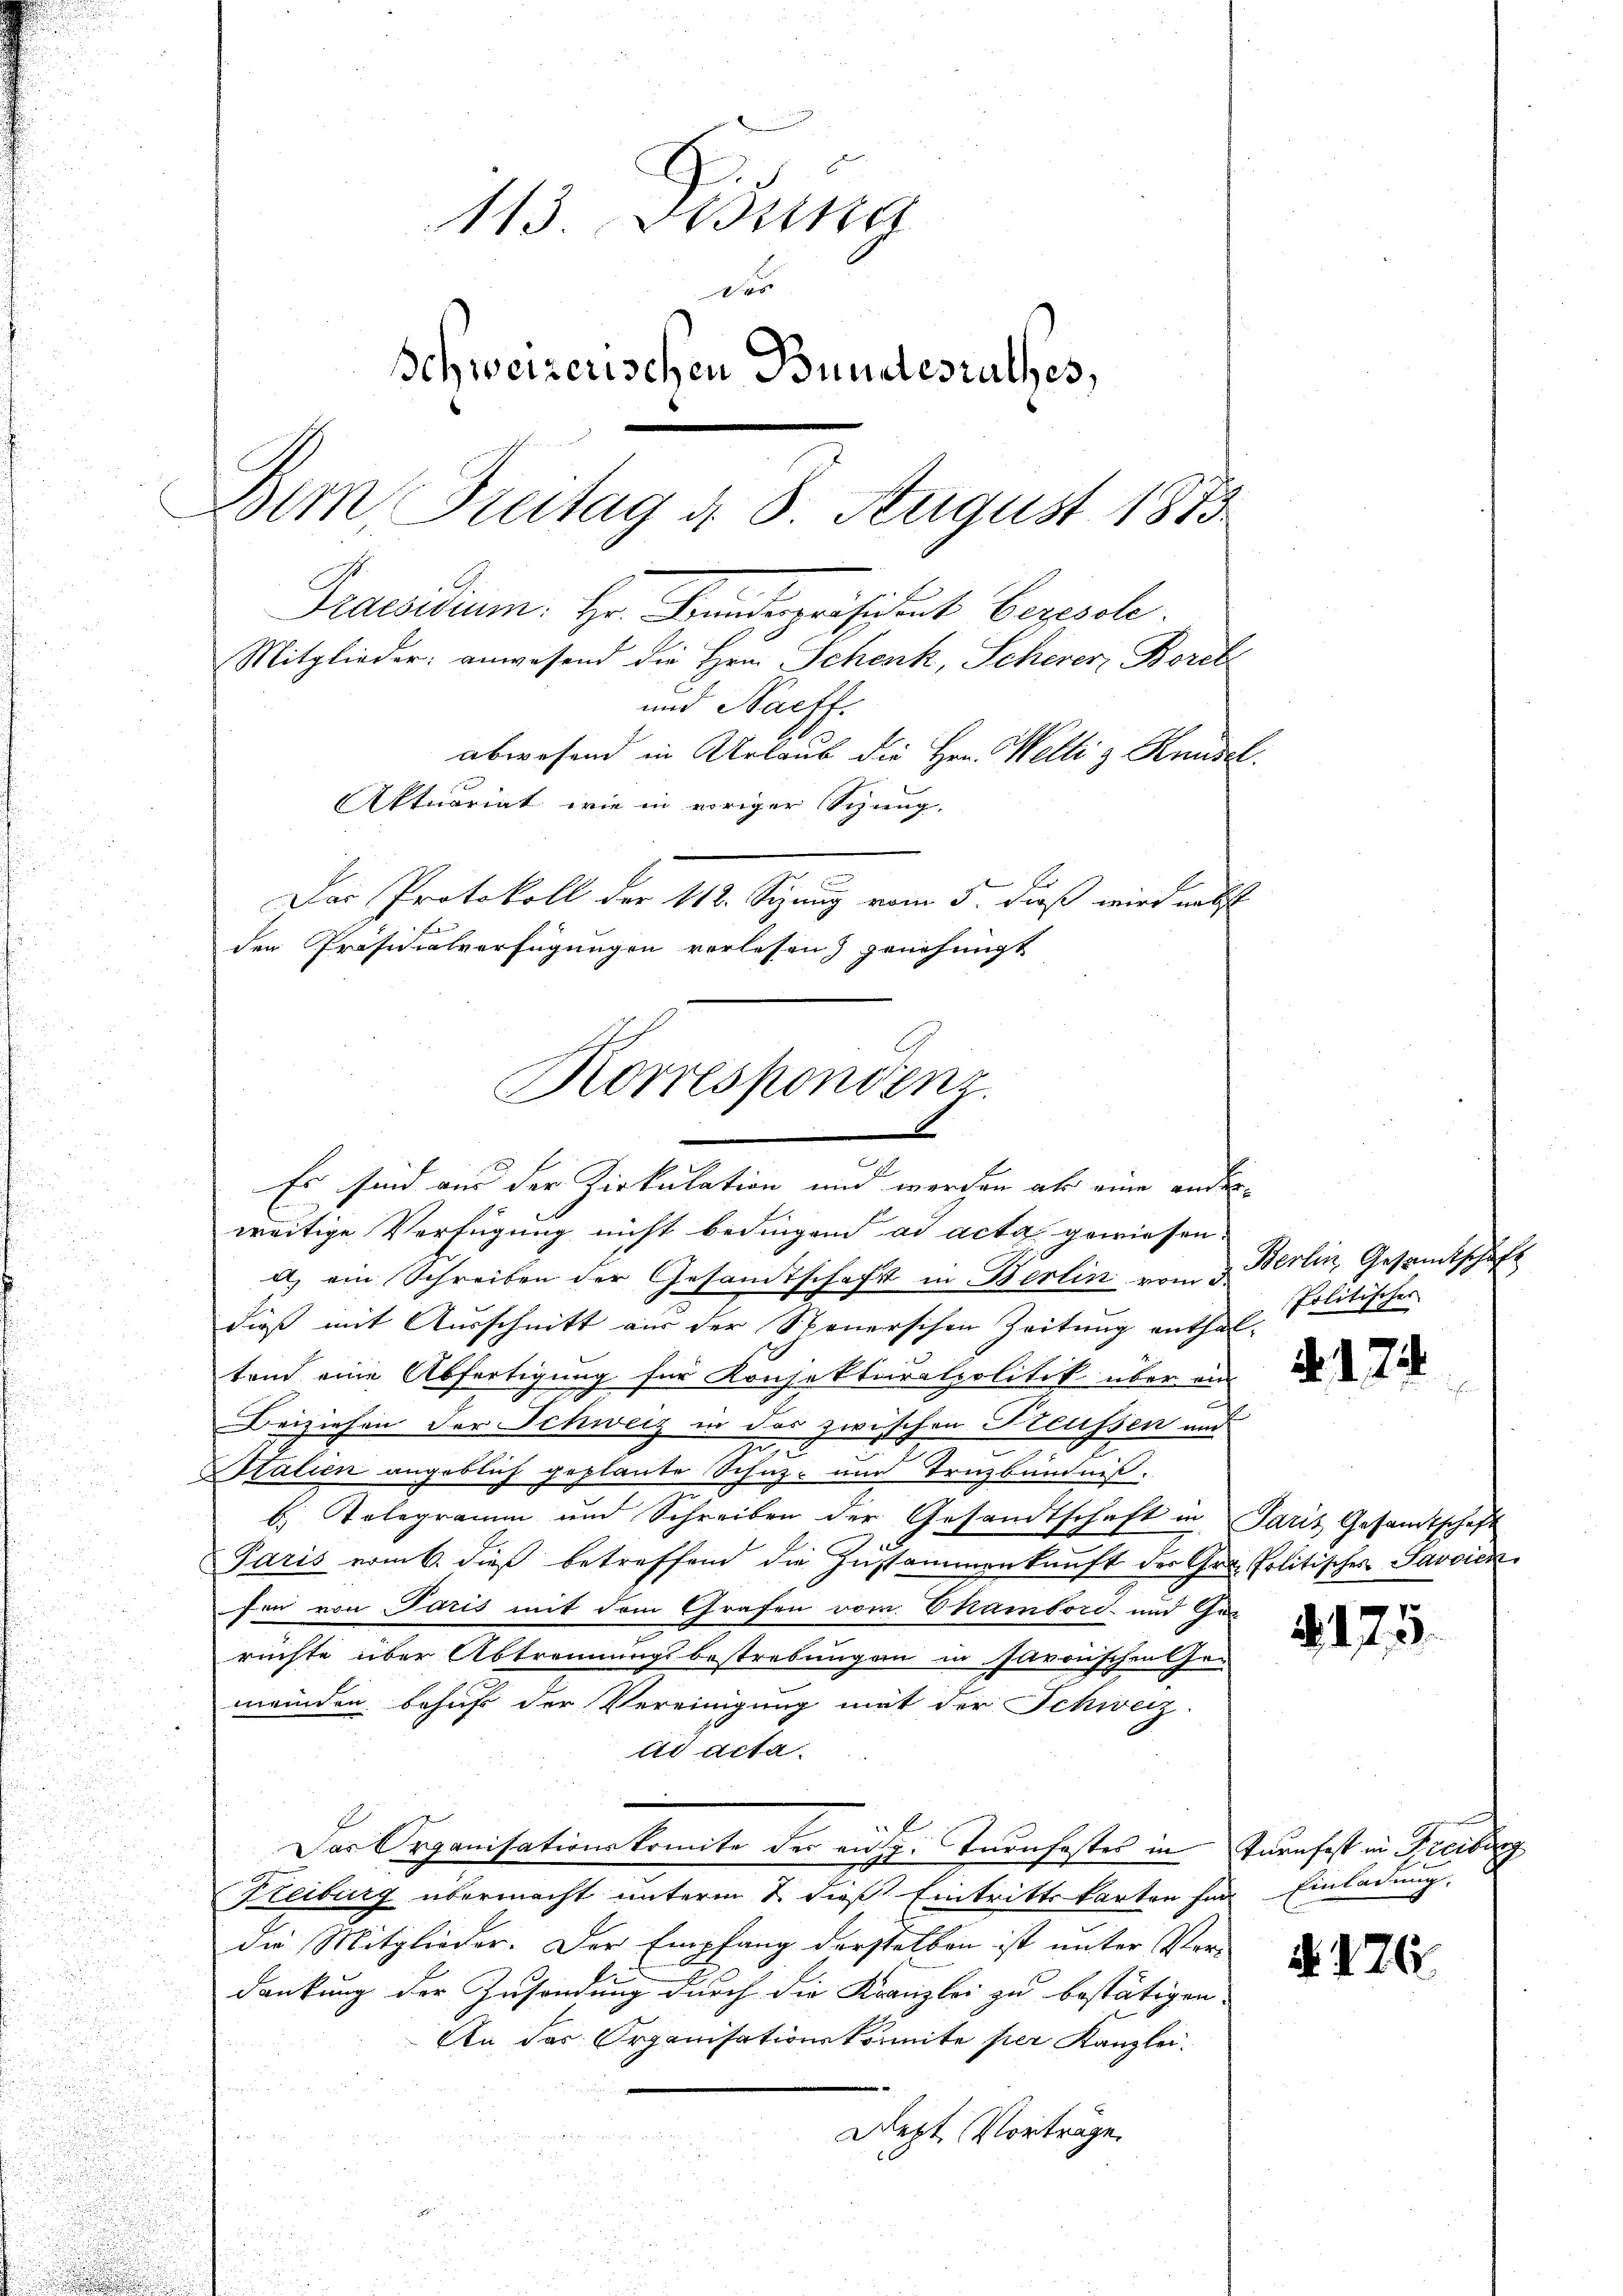
113. Sessina
Des
Schweizerischen Bundesrathes,
Dem Breitag d. 8. August 1873.
Praesidium. Hr. Feindepräsistet Bezisole
Mitglieder: anwesend die Hrn. Schenk, Scherer Borch
und Naeff.
abwesend in Urlaub die Hrn. Weltis Knüsel.
Aktuariat wie in voriger Sitzung.
Das Protokoll der 112. Sizung vom 5. dieß wird nebst
den Präsidialverfügungen verlesen) genehmigt

Korresponden
1
Es sind aus der Zirkulation und werden als eine ander¬

weitige Verfügung nicht bedingend ad acta gewiesen.
a) ein Schreiben der Gesandtschaft in Berlin vom 3. Berlin, Gesandtschaft
dieß mit Ausschnitt aus der Steuerschen Zeitung enthaltend eine Abfertigung für Konsekturalpolitik über ein
Beiziehen der Schweiz in der zwischen Preussen und
1012
.
Italien angeblich geplante Schnz- und Trzbündniß.
z
b. Telegramm und Schreiben der Gesandtschaft in Paris Gesandtschaft
Paris vom 6. dieß betreffend die Zusammenkunft der Gras Politisches Savoick
fen von Paris mit dem Grafen vom Chambord und Gerüchte über Abtrennungsbestrebungen in savonischen Gemeinden behuf der Vereinigung mit der Schweiz.
ad acta.
Der Organisationskomite der eidg. Tronfestes in Turnfest in Freiburg
Freiburg übermacht unterm 2. dieß, Eintrittskarten für Einladung.
die Mitglieder. Der Empfang derstelben ist unter Vor-
dankung der Zusendung durch die Kranzlei zu bestätigen,
An das Organisationskomite per Kanzlei.
Dept Vorträge.

Politischer

A. 174.

. 175.

N 226